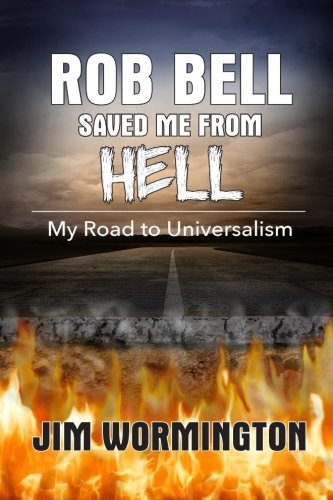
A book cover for Rob Bell Saved Me from Hell: My Road to Universalism; Jim Wormington; Religion & Spirituality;